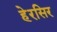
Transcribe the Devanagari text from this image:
हेरसिर